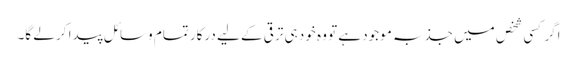
اگر کسی شخص میں جذبہ موجود ہے تو وہ خود ہی ترقی کے لیے درکار تمام وسائل پیدا کر لے گا۔